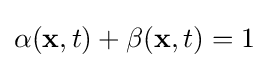
\alpha (\mathbf {x} ,t)+\beta (\mathbf {x} ,t)=1